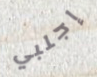
إجلبي